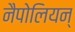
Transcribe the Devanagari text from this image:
नैपोलियन्